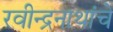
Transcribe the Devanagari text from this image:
रवीन्द्रनाथांचे